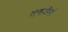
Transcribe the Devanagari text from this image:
तनज़ीमों